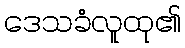
ဒေသခံလူထု၏